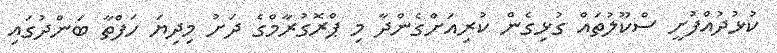
ކުޅުދުއްފުށީ ސްކޫލުތައް ގުޅިގެން ކުރިއަށްގެންދާ މި ޕްރޮގުރާމްގެ ދަށު މިދިޔަ ހަފްތާ ބަންދުގައި